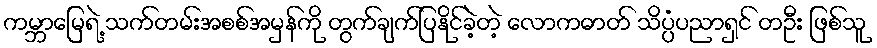
ကမ္ဘာမြေရဲ့ သက်တမ်းအစစ်အမှန်ကို တွက်ချက်ပြနိုင်ခဲ့တဲ့ လောကဓာတ် သိပ္ပံပညာရှင် တဦး ဖြစ်သူ